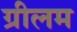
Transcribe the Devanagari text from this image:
ग्रीलम